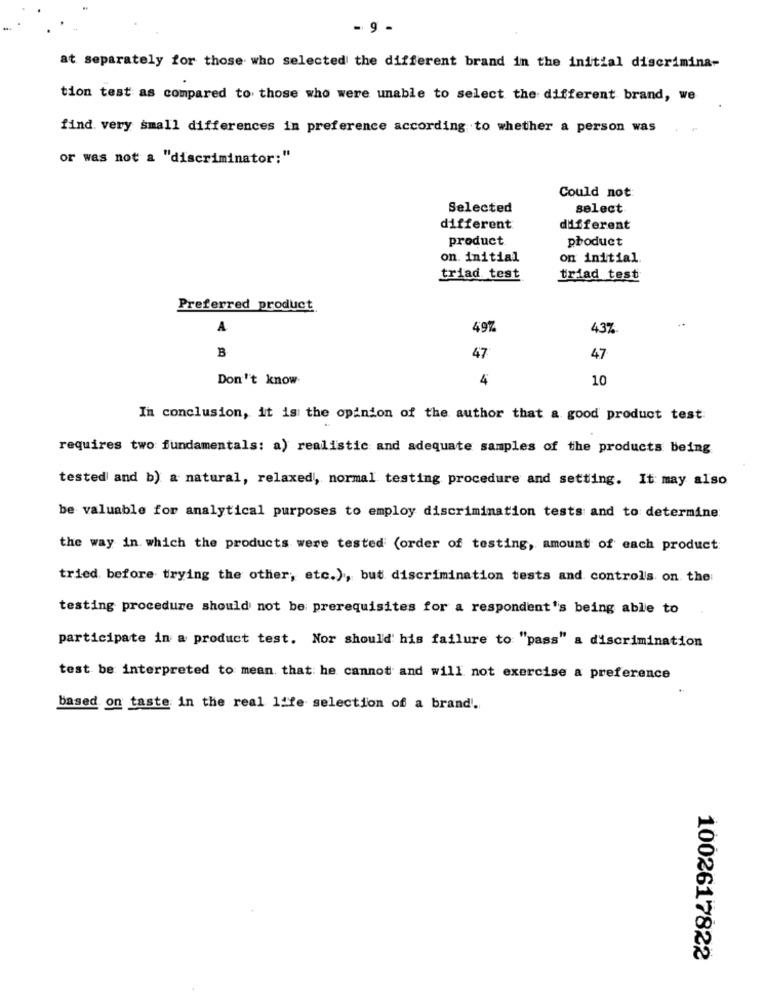
- 9 -
at separately for those who selected the different brand in the initial discrimina-
tion test as compared to those who were unable to select the different brand, we
find. very small differences in preference according to whether a person was
or was not a "discriminator:"
Could not:
Selected
select
different
different
product
product
on. initial
on initial
triad test
triad test
Preferred product
497
43%
B
47
47
Don't know-
4
10
In conclusion, it is the opinion of the author that a good product test:
requires two fundamentals: a) realistic and adequate samples of the products being
tested and b) a natural, relaxed, normal testing procedure and setting. It may also
be valuable for analytical purposes to employ discrimination tests and to determine
the way in which the products were tested (order of testing, amount of each product:
tried before trying the other, etc.), but discrimination tests and control's on the:
testing procedure should not be prerequisites for a respondent's being able to
participate in a product test. Nor should' his failure to "pass" a discrimination
test be interpreted to mean that he cannot and will not exercise a preference
based on taste in the real life selection of a brand.
1002617822